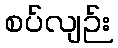
စပ်လျဉ်း